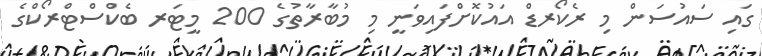
ގައި ސައުސަން މި ރެކޯރޑް އައުކޮށްފައިވަނީ މި މުބާރާތުގެ 200 މީޓަރ ބެކްސްޓްރޯކްގެ